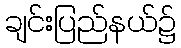
ချင်းပြည်နယ်၌